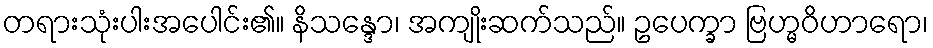
တရားသုံးပါးအပေါင်း၏။ နိသန္ဒော၊ အကျိုးဆက်သည်။ ဥပေက္ခာ ဗြဟ္မဝိဟာရော၊